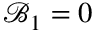
\mathcal { B } _ { 1 } = 0